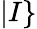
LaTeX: |I\}